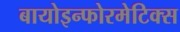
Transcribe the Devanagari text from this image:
बायोइन्फोरमेटिक्स